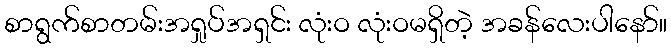
စာရွက်စာတမ်းအရှုပ်အရှင်း လုံးဝ လုံးဝမရှိတဲ့ အခန်လေးပါနော်။